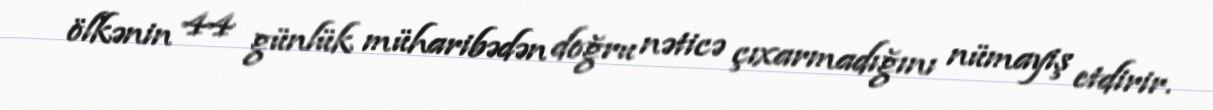
ölkənin 44 günlük müharibədən doğru nəticə çıxarmadığını nümayiş etdirir.